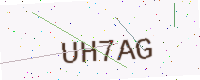
Text: UH7AG